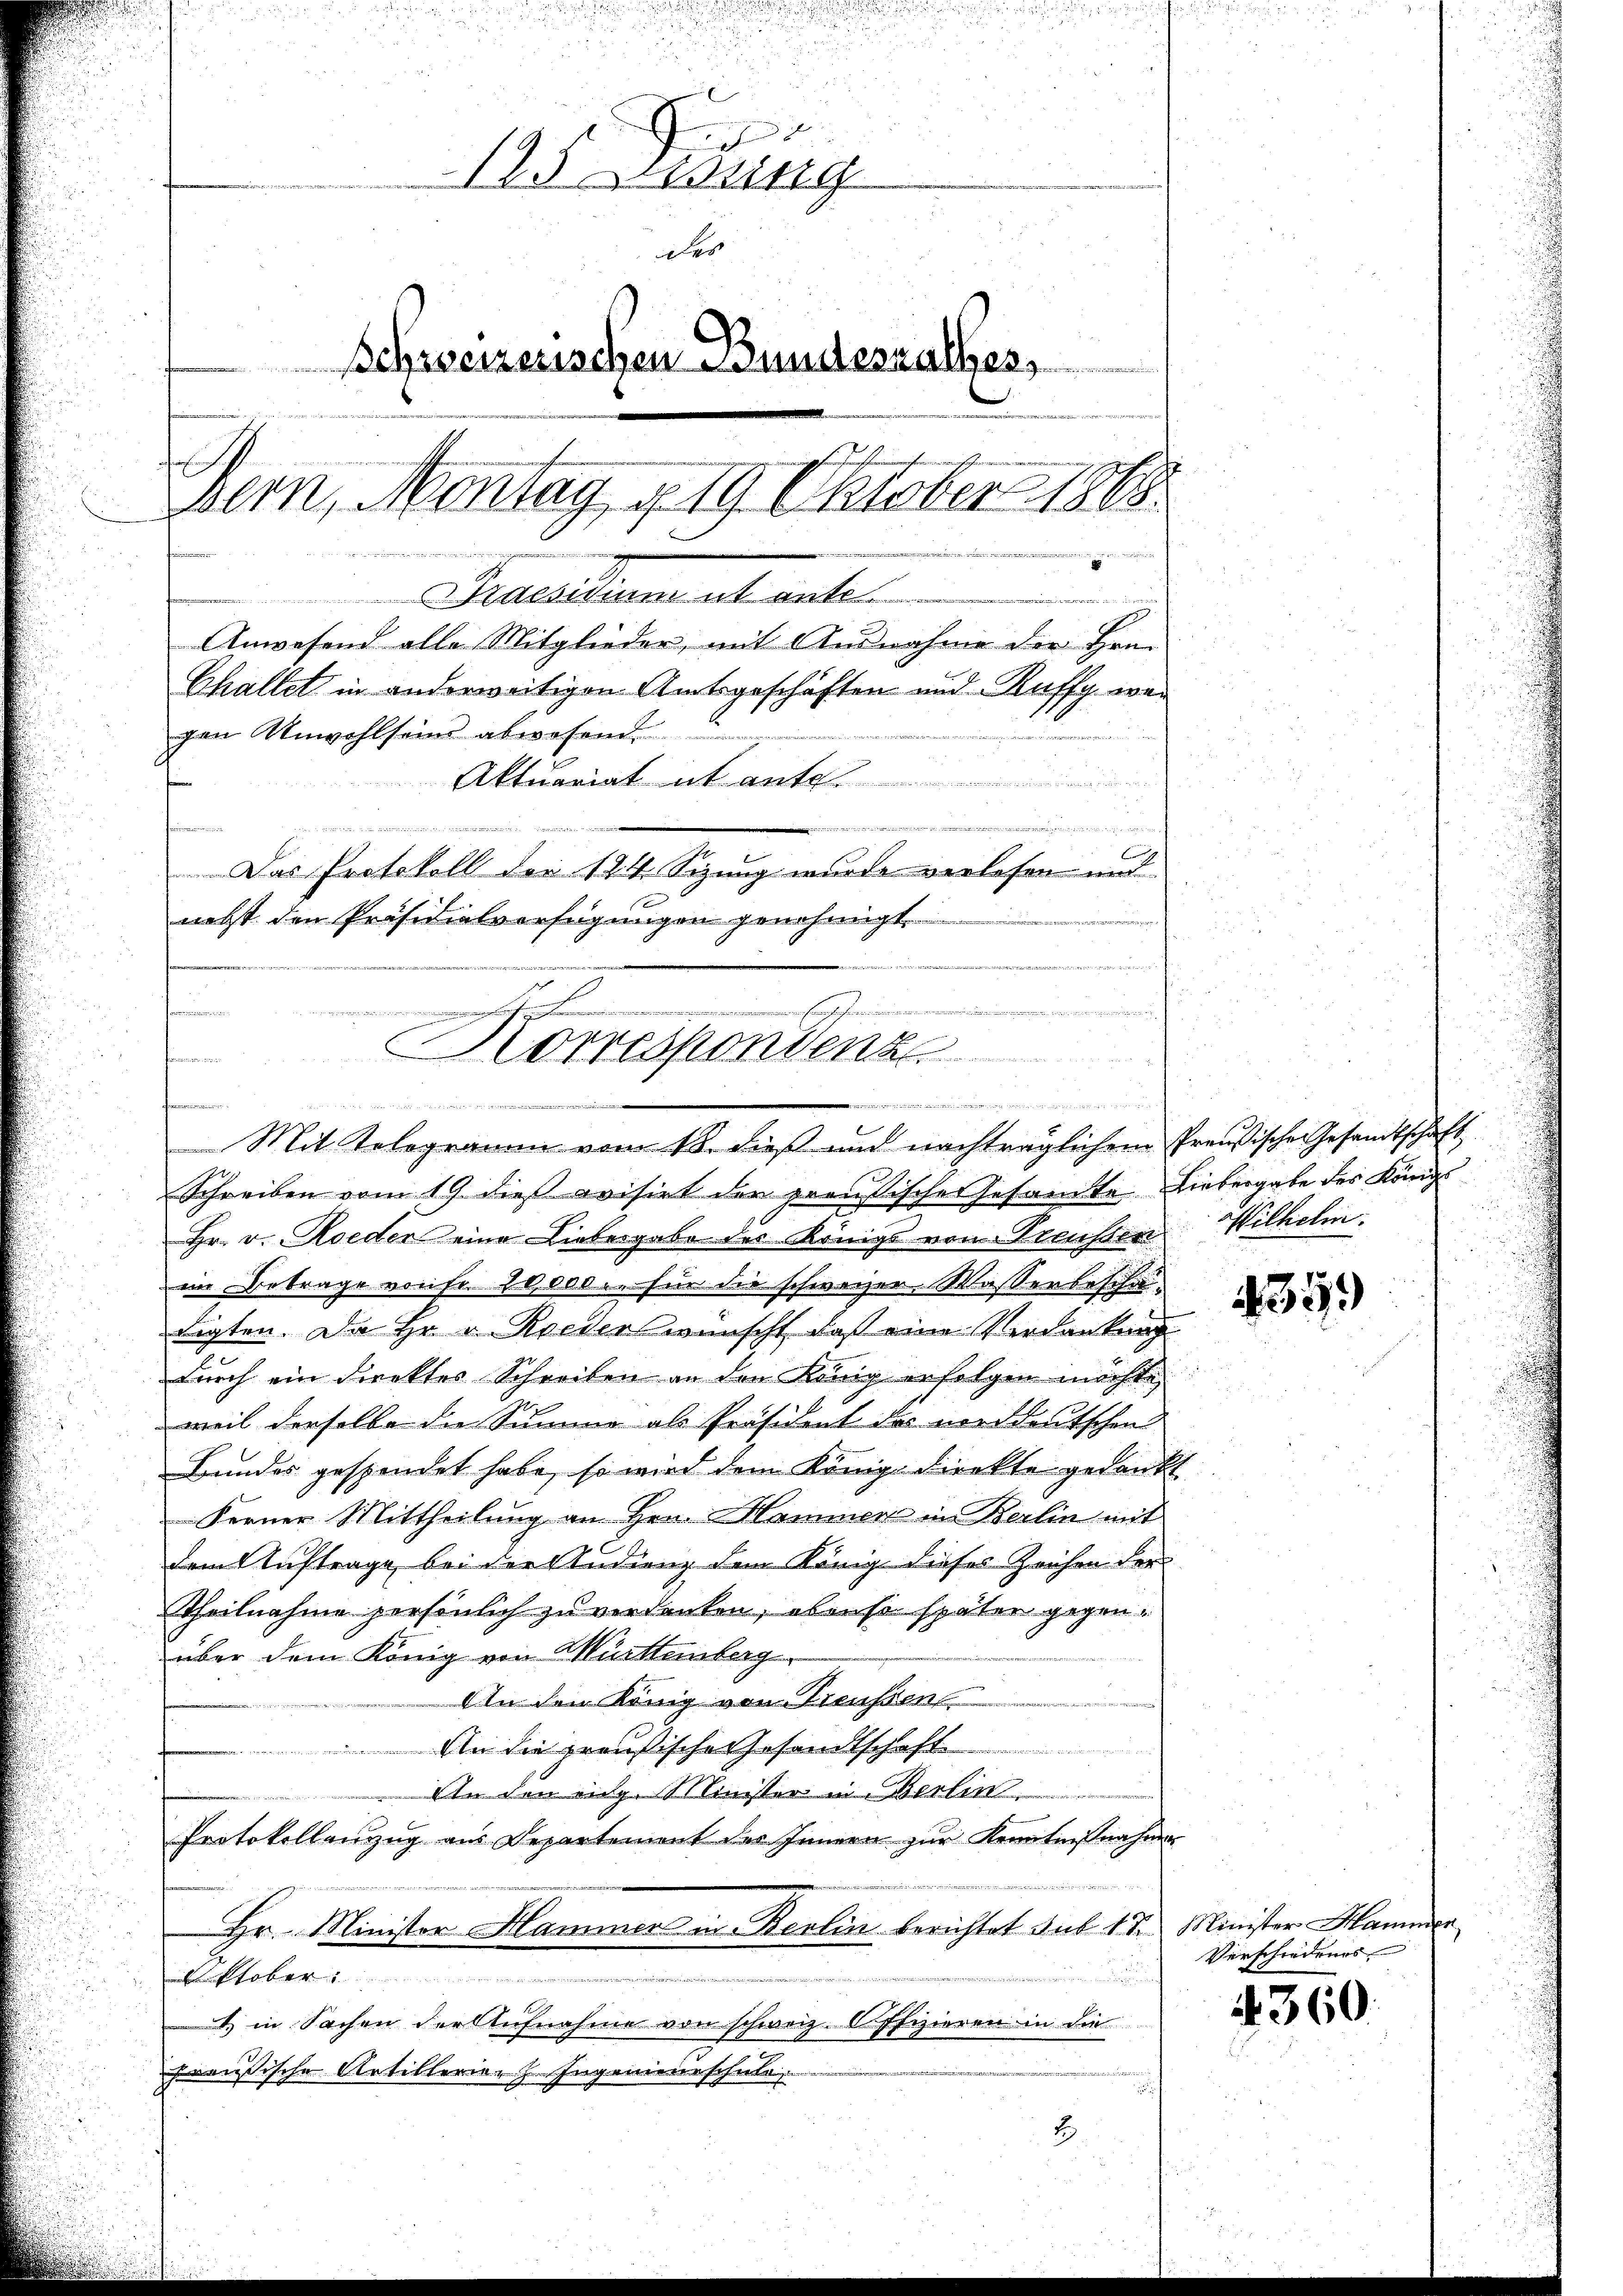
d
f
12. Zwing
ides
Schweizerischen Bundesrathes,
fersuch
dern, Montag g 19. Oktober 1868
g
Praestament ant
Anwesend alle Mitglieder, mit Ausnahme der Hrn.
Challet in anderweitigen Amtsgeschäften und Kuffy wei
gen Unwohlseins abwesend
u
Aktuariat it ante.

f
Das Protokoll der 184 Sizung wurde verlesen und
nebst den Präsidialverfügungen genehmigt.
w

mechan
s
i
n
  die
Korrespondenz
t
  wie eine an in wie die
Forme
1

Mit Telegramm vom 18. dieß und nachträglichem Preußischen Gesandtschaft
Schreiben vom 19. dieß evisirt der preußisches Gesamte Liebergabe des Königl
Hr. v. Roeder eine Liebergabe des Königs von Preusser Wilhelm.
im Betrage von Fr. 20,000. für die schweizer. Wasserbeschädigten. Da Hr. v. Rieder wünscht, daß eine Verdankung
durch ein direktes Schreiben an den König erfolgen möchte
weil derselbe die Summe als Präsident des norddeutschen
Bundes gespendet habe, so wird dem Königl. direkte gedankt
Ferner Mittheilung an Hrn. Hammer in Berlin mit
dem Auftrage, bei der Studienz dem König dieses Zeichen der
Theilnahme persönlich zu verdanken, obenso später gegenüber dem König von Mürttemberg
An den König von Treussen
Aen die preußische Gesandtsch
An den eidg. Minister in Berlin
Protokollenzug aus Departement der Innern zur Kenntnißnahme
Hr. Minister Hammer in Berlin berichtet sub. 1. d. Minister Hammer

Ptober.
) in Sachen der Aufnahme von schweiz. Offizieren in die
preusische Antillerien Ingenieurschule
u

2

4359

Verschiedenes

4360.